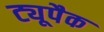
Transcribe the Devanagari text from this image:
ट्यूपैक